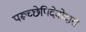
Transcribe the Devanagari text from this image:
परूच्छेपिदेवोदास